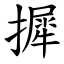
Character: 摨